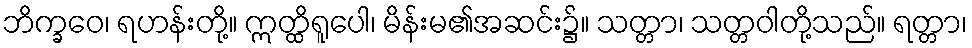
ဘိက္ခဝေ၊ ရဟန်းတို့။ ဣတ္ထိရူပေါ၊ မိန်းမ၏အဆင်း၌။ သတ္တာ၊ သတ္တဝါတို့သည်။ ရတ္တာ၊